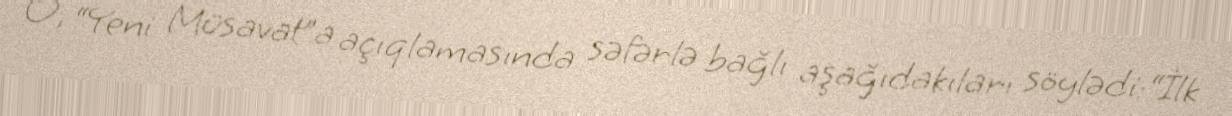
O, “Yeni Müsavat”a açıqlamasında səfərlə bağlı aşağıdakıları söylədi:“İlk